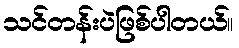
သင်တန်းပဲဖြစ်ပါတယ်။